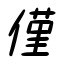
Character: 僅